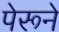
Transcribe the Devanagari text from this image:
पेरूने